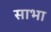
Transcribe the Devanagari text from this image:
साभा